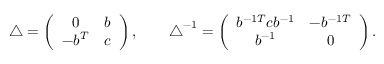
\begin{array} { r } { \triangle = \left( \begin{array} { c c } { 0 } & { b } \\ { - b ^ { T } } & { c } \end{array} \right) , \qquad \triangle ^ { - 1 } = \left( \begin{array} { c c } { b ^ { - 1 T } c b ^ { - 1 } } & { - b ^ { - 1 T } } \\ { b ^ { - 1 } } & { 0 } \end{array} \right) . } \end{array}